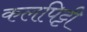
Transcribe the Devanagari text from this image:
कलपिट्टी